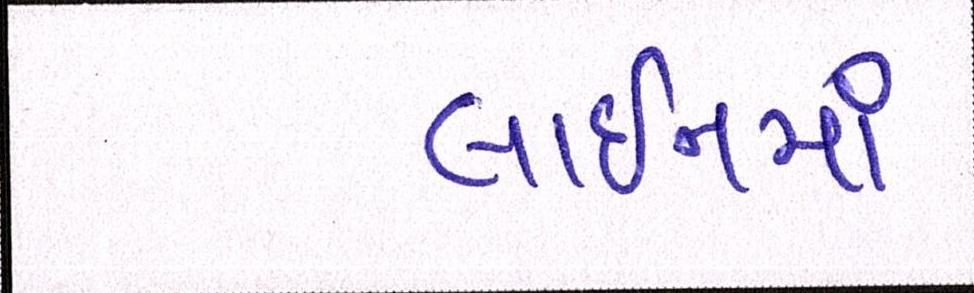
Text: લાઈનમાં